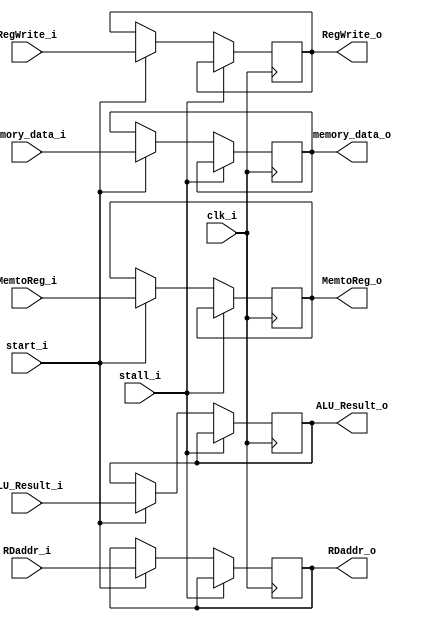
// MEM_WB.v
module MEM_WB(
	// P2 :
	stall_i,
	// P1 :
	//TODO : Magic : For IF_ID.v : cannot write inst_o at PC=0. At PC=0, inst_o 	shall be 32'b0 , since 1st instruction is still in IF stage , and no one is in ID stage !! So IF_IF.inst_o shall be 32'b0 at that time !!
	// 1. Method For Fixing : Utilize the signal `start_i` of CPU.v . 
	start_i,

	clk_i,

	ALU_Result_i,
	ALU_Result_o,

	RegWrite_i,
	RegWrite_o,
	MemtoReg_i,
	MemtoReg_o,
	RDaddr_i,
	RDaddr_o,
	
	memory_data_i,
	memory_data_o	
);
// P2 :
input stall_i;
// P1 :
//TODO : Magic : For IF_ID.v : cannot write inst_o at PC=0. At PC=0, inst_o 	shall be 32'b0 , since 1st instruction is still in IF stage , and no one is in ID stage !! So IF_IF.inst_o shall be 32'b0 at that time !!
// 1. Method For Fixing : Utilize the signal `start_i` of CPU.v . 
input start_i;

// write at posedge clock
input clk_i;
//
input [31:0] ALU_Result_i;
//output reg [31:0] ALU_Result_o;
output reg [31:0] ALU_Result_o; // = 32'b0;
// WB stage
input RegWrite_i;
//output reg RegWrite_o;
output reg RegWrite_o; // = 1'b0;
input MemtoReg_i;
//output reg MemtoReg_o;
output reg MemtoReg_o; // = 1'b0;
// WB additional
input [31:0] memory_data_i;
//output reg [31:0] memory_data_o;
output reg [31:0] memory_data_o; // = 32'b0;
// register addr
input [4:0] RDaddr_i;
//output reg [4:0] RDaddr_o;
output reg [4:0] RDaddr_o; // = 5'b0;

//TODO : initialize reg in initial
initial begin
	//output reg [31:0] ALU_Result_o;
	ALU_Result_o = 32'b0;
// WB stage
//output reg RegWrite_o;
	RegWrite_o = 1'b0;
//output reg MemtoReg_o;
	MemtoReg_o = 1'b0;
// WB additional
//output reg [31:0] memory_data_o;
	memory_data_o = 32'b0;
// register addr
//output reg [4:0] RDaddr_o;
	RDaddr_o = 5'b0;
end


always @(posedge clk_i)
begin
	//TODO : Magic : For IF_ID.v : cannot write inst_o at PC=0. At PC=0, inst_o 	shall be 32'b0 , since 1st instruction is still in IF stage , and no one is in ID stage !! So IF_IF.inst_o shall be 32'b0 at that time !!
	// 1. Method For Fixing : Utilize the signal `start_i` of CPU.v . 
	if(stall_i) begin
		// P2 : do nothing
	end
	else if(start_i) begin
		RegWrite_o <= RegWrite_i;
		MemtoReg_o <= MemtoReg_i;
		RDaddr_o <= RDaddr_i;
		// MEM stage additional
		ALU_Result_o <= ALU_Result_i;
		// WB additional
		memory_data_o <= memory_data_i;
	end
end

endmodule